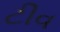
ટીવ